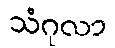
သံဂုလာ